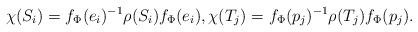
LaTeX: \begin{align*}\chi(S_{i})= f_{\Phi}(e_{i})^{-1}\rho(S_{i})f_{\Phi}(e_{i}), \chi(T_{j})= f_{\Phi}(p_{j})^{-1}\rho(T_{j})f_{\Phi}(p_{j}).\end{align*}